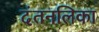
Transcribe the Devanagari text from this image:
दंतनलिका